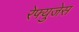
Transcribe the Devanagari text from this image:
रेफ्युजेस